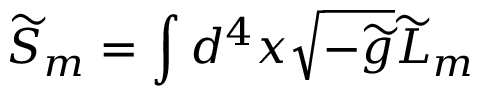
\widetilde { S } _ { m } = \int d ^ { 4 } x \sqrt { - \widetilde { g } } \widetilde { { \cal L } } _ { m }